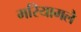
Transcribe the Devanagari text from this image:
मरियामलै